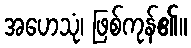
အဟေသုံ၊ ဖြစ်ကုန်၏။